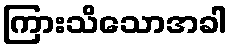
ကြားသိသောအခါ